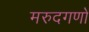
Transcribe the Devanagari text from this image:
मरुदगणों